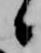
候